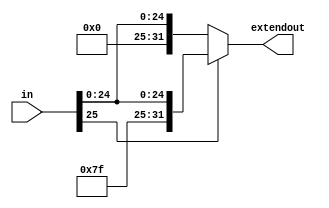
module signextend26(extendout, in);

input [25:0] in;
output [31:0] extendout;
reg [31:0] extendout;

always @(in)
if (in[25] == 1)
	extendout = {6'b111111,in};
else
	extendout = {6'b000000,in};
	
endmodule